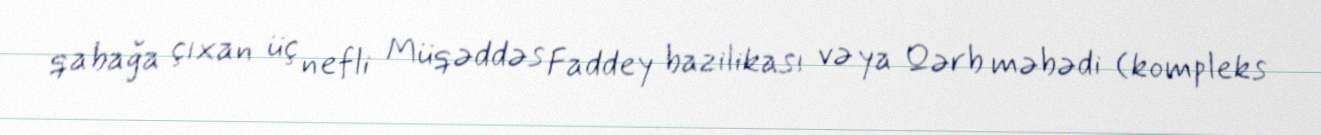
qabağa çıxan üç nefli Müqəddəs Faddey bazilikası və ya Qərb məbədi (kompleks